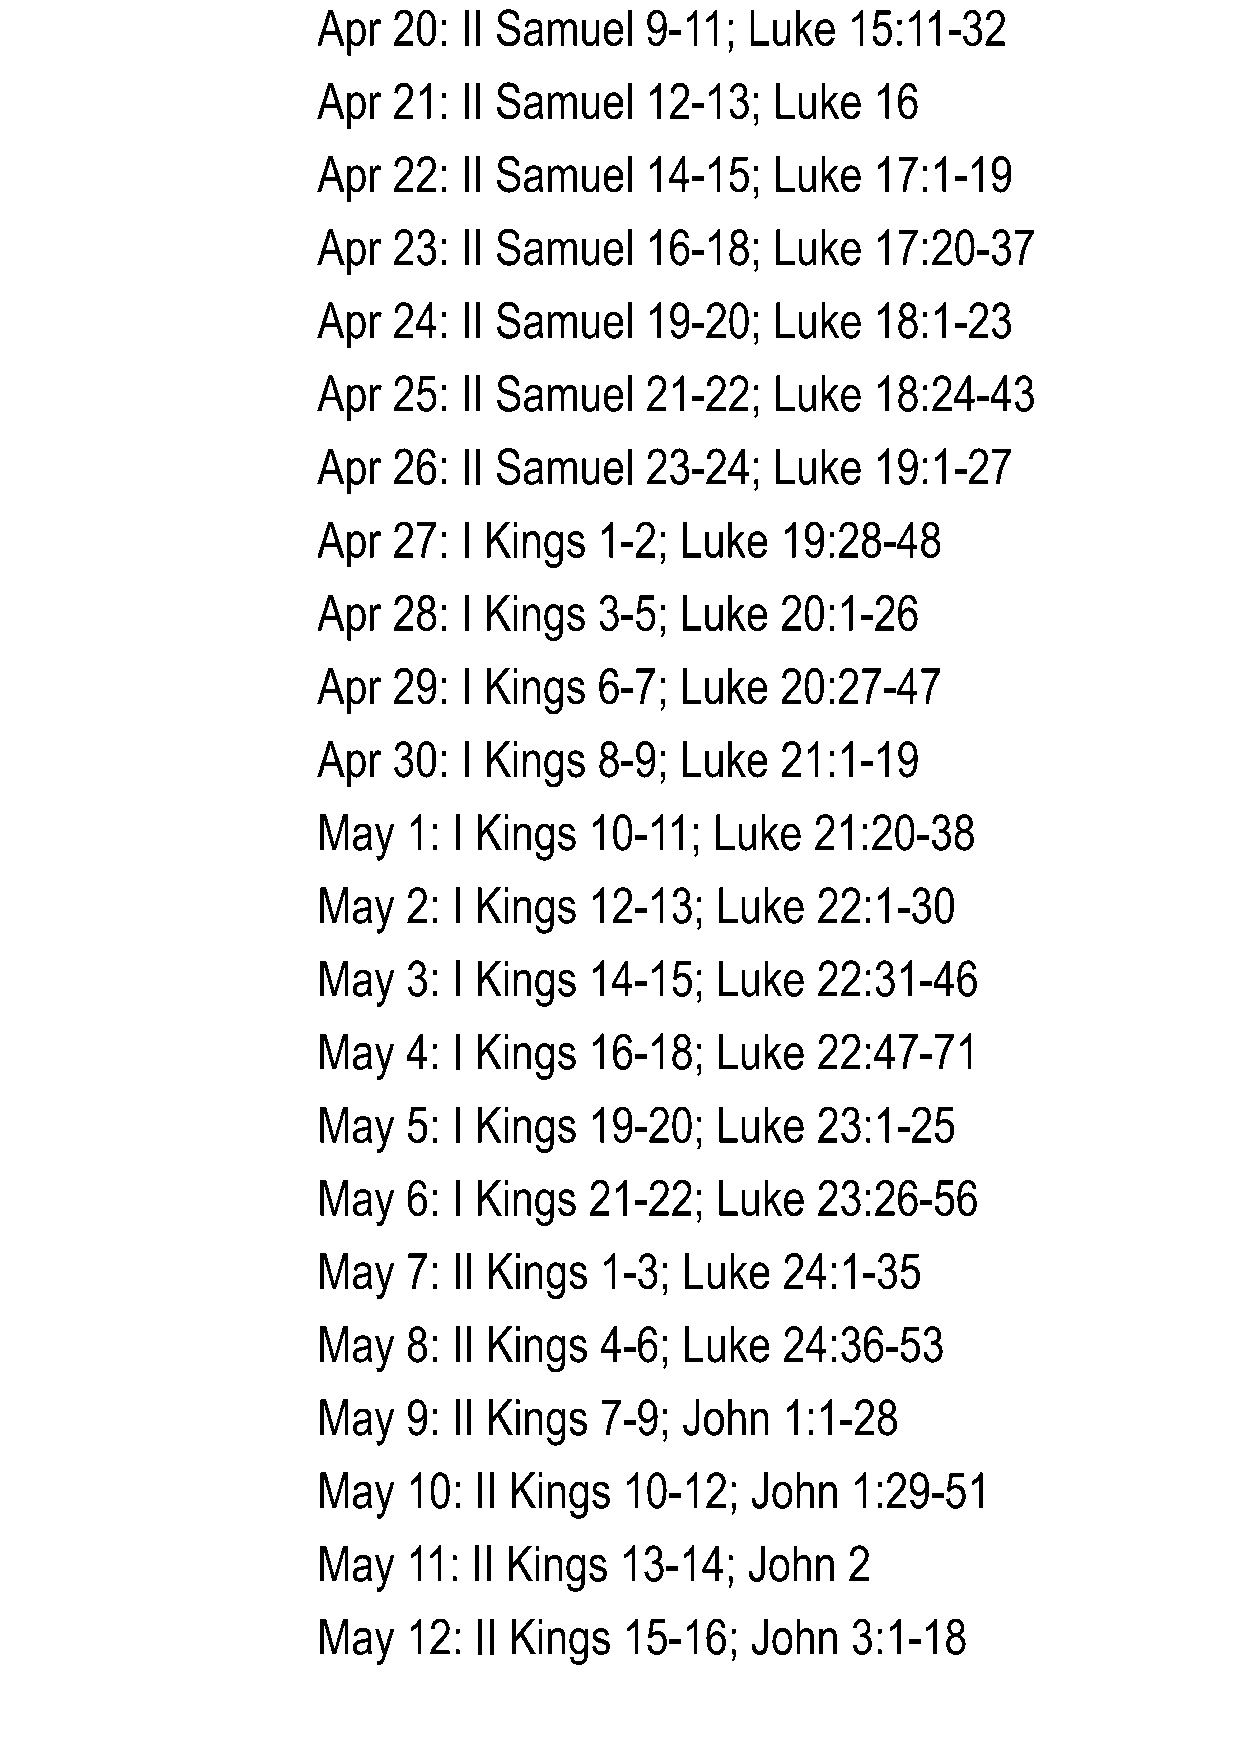
Apr  20: II Samuel    9-11; Luke   15:11-32
 Apr  21: II Samuel    12-13;  Luke   16
 Apr  22: II Samuel    14-15;  Luke   17:1-19
 Apr  23: II Samuel    16-18;  Luke   17:20-37
 Apr  24: II Samuel    19-20;  Luke   18:1-23
 Apr  25: II Samuel    21-22;  Luke   18:24-43
 Apr  26: II Samuel    23-24;  Luke   19:1-27
 Apr  27: I Kings   1-2; Luke   19:28-48
 Apr  28: I Kings   3-5; Luke   20:1-26
 Apr  29: I Kings   6-7; Luke   20:27-47
 Apr  30: I Kings   8-9; Luke   21:1-19
 May   1: I Kings  10-11;  Luke   21:20-38
 May   2: I Kings  12-13;  Luke   22:1-30
 May   3: I Kings  14-15;  Luke   22:31-46
 May   4: I Kings  16-18;  Luke   22:47-71
 May   5: I Kings  19-20;  Luke   23:1-25
 May   6: I Kings  21-22;  Luke   23:26-56
 May   7: II Kings  1-3; Luke   24:1-35
 May   8: II Kings  4-6; Luke   24:36-53
 May   9: II Kings  7-9; John   1:1-28
 May   10: II Kings  10-12;   John  1:29-51
 May   11: II Kings  13-14;  John   2
 May   12: II Kings  15-16;   John  3:1-18